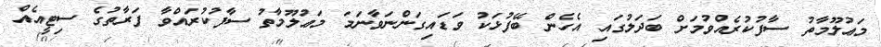
މަޢުލޫމާތު ސާފުކުރެއްވުމަށް ބަދަލުގައި އެހެން ބޭފުޅަކު ވަޑައިގަންނަވާނަމަ މަޢުލޫމާތު ސާފުކުރައްވާ ފަރާތުގެ ސިޓީއެއް